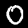
Label: 0